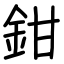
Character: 鉗